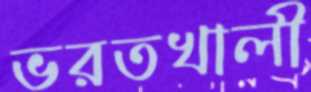
ভরতখালী